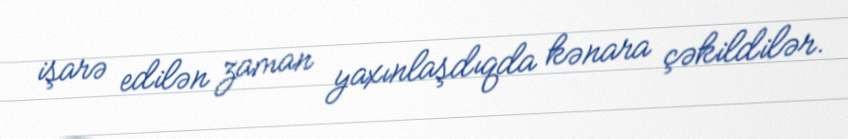
işarə edilən zaman yaxınlaşdıqda kənara çəkildilər.